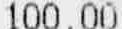
100.00